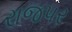
રાજપર